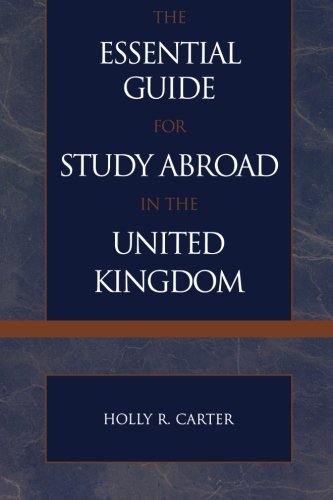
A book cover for The Essential Guide for Study Abroad in the United Kingdom; Holly R. Carter; Travel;